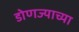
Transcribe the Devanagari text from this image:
डोणज्याच्या